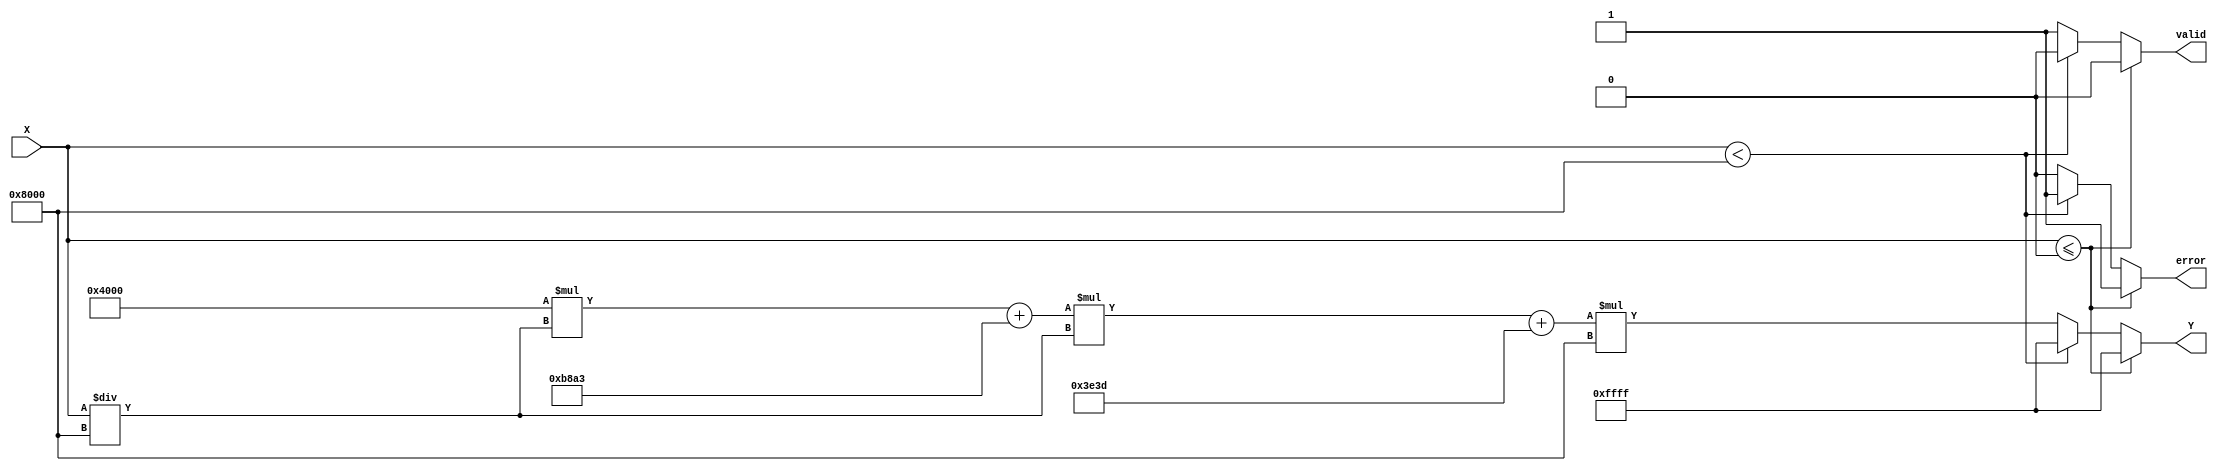
module poly_reciprocal (
    input wire [15:0] X,    // Input value, fixed-point representation (16-bit)
    output reg [15:0] Y,    // Output value, fixed-point representation (16-bit)
    output reg valid,        // Valid output signal
    output reg error         // Error signal for invalid input
);

    // Polynomial coefficients for approximation (example coefficients for the range [0.5, 1.0])
    parameter C0 = 16'h4000; // 1.0
    parameter C1 = 16'hB8A3; // -0.5
    parameter C2 = 16'h3E3D; // 0.25

    // Intermediate variables
    reg [15:0] normalized_X;
    reg [15:0] poly_result;
    reg [15:0] scaled_result;

    // Normalization factor for input range (scale to [0.5, 1.0])
    wire [15:0] norm_factor = 16'h8000; // Example normalization factor (0.5 in fixed-point)

    always @(*) begin
        // Default values
        valid = 0;
        error = 0;
        Y = 16'h0000;

        // Input Validation
        if (X <= 16'h0000) begin
            error = 1; // Invalid input: zero or negative
            Y = 16'hFFFF; // Indicating error (could be NaN or some predefined value)
        end else if (X < 16'h8000) begin // X < 0.5
            error = 1; // Out of range for polynomial approximation
            Y = 16'hFFFF; // Indicating error (could be NaN or some predefined value)
        end else begin
            // Normalize X to the range [0.5, 1.0]
            normalized_X = X / norm_factor; // Scale down to [0.5, 1.0]

            // Polynomial Evaluation using Horner's method for approximation of 1/X
            poly_result = C0; // Start with the highest coefficient
            poly_result = poly_result * normalized_X + C1; // Horner's method step 1
            poly_result = poly_result * normalized_X + C2; // Horner's method step 2

            // Scaling the result back to account for normalization
            scaled_result = poly_result * norm_factor; // Scale back to original range

            // Assign result and mark as valid
            Y = scaled_result;
            valid = 1;
        end
    end
endmodule